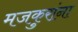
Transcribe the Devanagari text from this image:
मजकुरांना